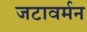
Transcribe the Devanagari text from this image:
जटावर्मन